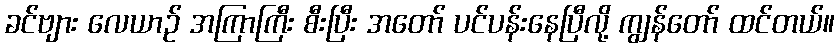
ခင်ဗျား လေယာဉ် အကြာကြီး စီးပြီး အတော် ပင်ပန်းနေပြီလို့ ကျွန်တော် ထင်တယ်။